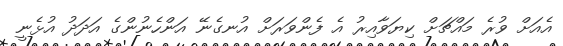
އެއަށް ވުރެ މައްޗަށް ކިޔަވާއިރު އެ ފެންވަރަށް އުނގެނޭ އަންހެނުންގެ އަދަދު އުޅެނީ